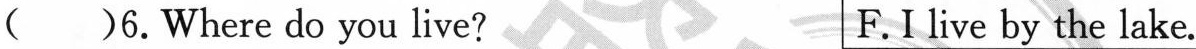
( )6.Where do you live? F.I live by the lake.